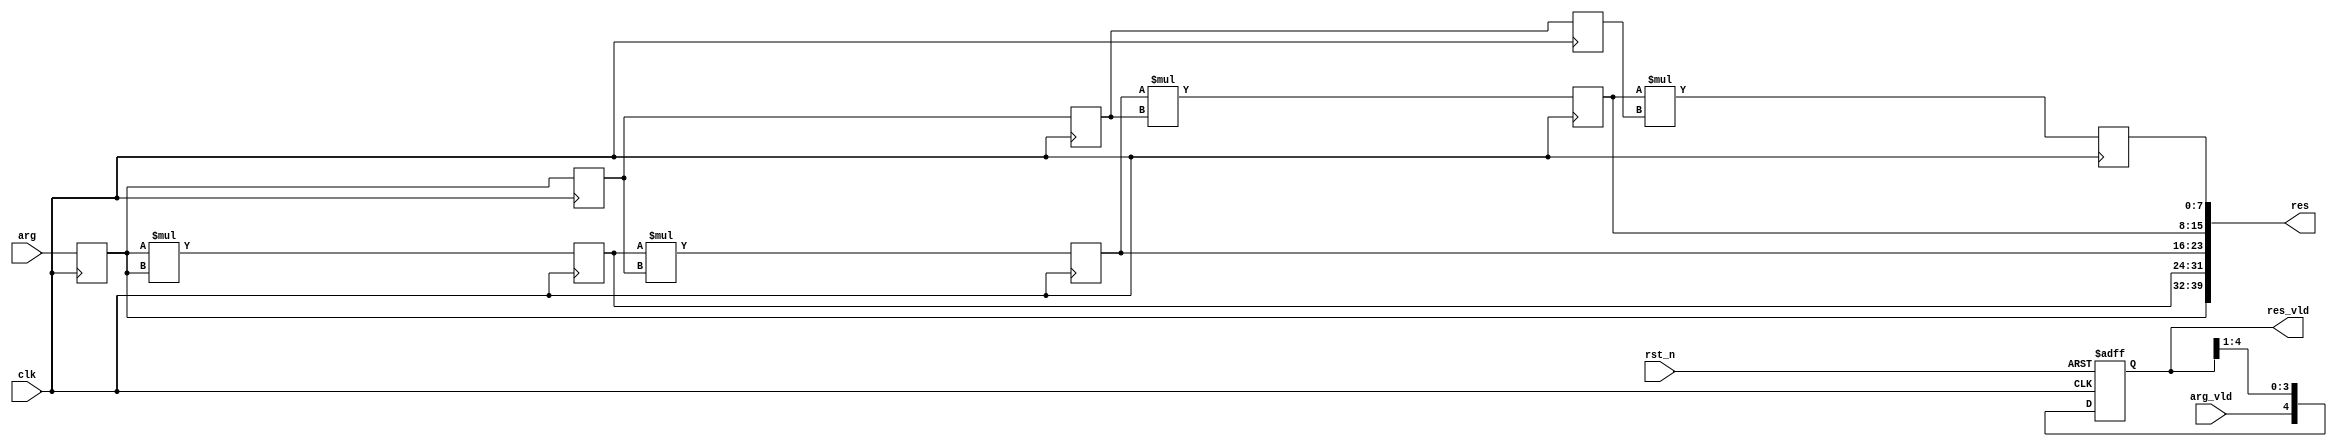
module pow_n_pipe_always
# (
    parameter w = 8, n = 5
)
(
    input                      clk,
    input                      rst_n,
    input                      arg_vld,
    input      [     w - 1:0 ] arg,
    output reg [ n     - 1:0 ] res_vld,
    output reg [ n * w - 1:0 ] res
);

    reg [ w - 1 : 0 ] arg_reg [ 1 : n - 1 ];
    reg [ w - 1 : 0 ] pow     [ 2 : n     ];
    reg [     1 : n ] arg_vld_reg;

    integer i;

    always @ (posedge clk or negedge rst_n)

        if (! rst_n)
        begin
            for (i = 1; i <= n; i = i + 1)
                arg_vld_reg [i] <= 1'b0;
        end
        else
        begin
            arg_vld_reg [1] <= arg_vld;

            for (i = 1; i <= n - 1; i = i + 1)
                arg_vld_reg [i + 1] <= arg_vld_reg [i];
        end

    always @ (posedge clk)
    begin
        arg_reg [1] <= arg;

        for (i = 1; i <= n - 2; i = i + 1)
            arg_reg [i + 1] <= arg_reg [i];

        pow [2] <= arg_reg [1] * arg_reg [1];

        for (i = 2; i <= n - 1; i = i + 1)
            pow [i + 1] <= pow [i] * arg_reg [i];
    end

    always @*
    begin
        for (i = 1; i <= n; i = i + 1)
            res_vld [n - i] = arg_vld_reg [i];

        res [(n - 1) * w +: w] = arg_reg [1];

        for (i = 2; i <= n; i = i + 1)
            res [(n - i) * w +: w] = pow [i];
    end

endmodule